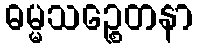
ဓမ္မသဉ္စေတနာ